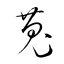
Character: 蒐